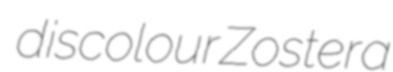
discolour Zostera